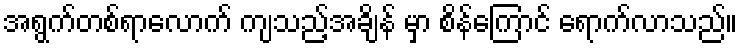
အရွက်တစ်ရာလောက် ကျသည့်အချိန် မှာ စိန်ကြောင် ရောက်လာသည်။